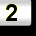
Digit: 2